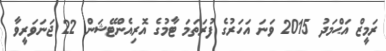
ރަމީޒް އަޙްމަދު 2015 ވަނަ އަހަރުގެ ފުރަތަމަ ޓާމުގެ އޮރިއެންޓޭޝަން 22 ޖަނަވަރީވާ